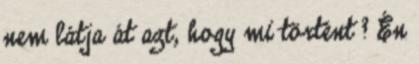
nem látja át azt, hogy mi történt ? Én